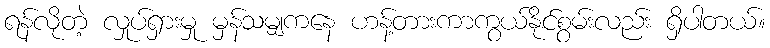
ရန်လိုတဲ့ လှုပ်ရှားမှု မှန်သမျှကနေ ဟန့်တားကာကွယ်နိုင်စွမ်းလည်း ရှိပါတယ်။